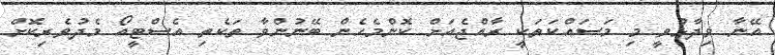
އޭނާ ވިދާޅުވީ މި މަސައްކަތަކީ ރާއްޖެއަށް ކޮންމެހެން ބޭނުންވާ ތަކެތި އެސްޓީއޯ މެދުވެރިކޮށް